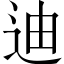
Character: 迪